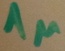
Text: 1µ